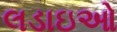
લડાઇઓ